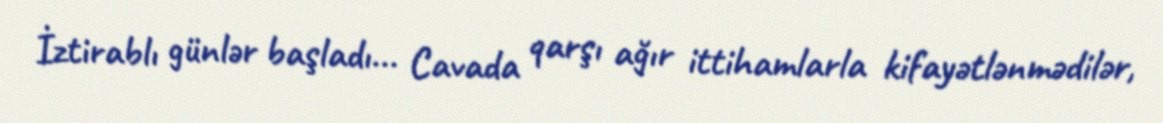
İztirablı günlər başladı... Cavada qarşı ağır ittihamlarla kifayətlənmədilər,